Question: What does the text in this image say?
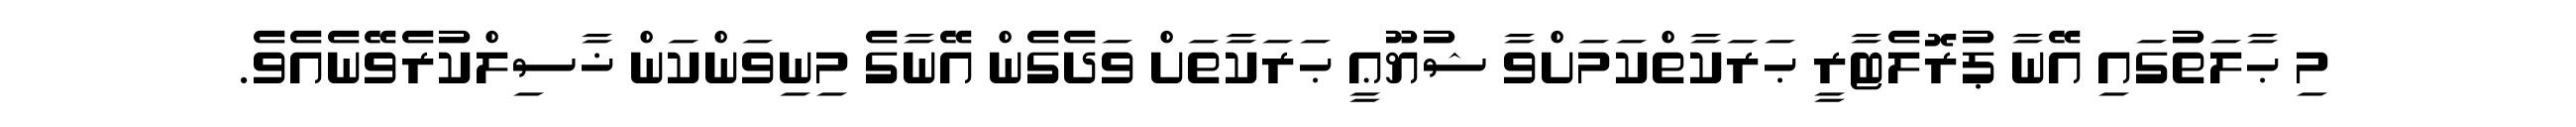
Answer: މި ޙާލަތުގައި އޭނާ ޕުރޮލެޓާރީ ޙަރަކާތްކަމަށްވާ ޝުޔޫޢީ ޙަރަކާތަށް ވަދެގެން އޭނާގެ މިނިވަންކަން ޚާސިލްކުރެވޭނެއެވެ.